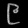
Digit: ၉